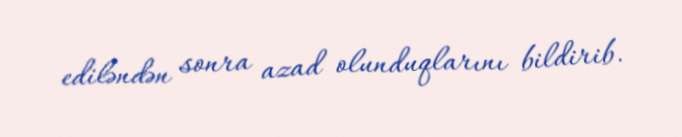
ediləndən sonra azad olunduqlarını bildirib.